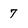
Character: 7